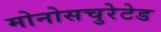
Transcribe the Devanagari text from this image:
मोनोसचुरेटेड